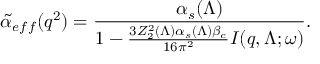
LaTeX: { \tilde { \alpha } } _ { e f f } ( q ^ { 2 } ) = { \frac { \alpha _ { s } ( \Lambda ) } { 1 - { \frac { 3 Z _ { 2 } ^ { 2 } ( \Lambda ) \alpha _ { s } ( \Lambda ) \beta _ { c } } { 1 6 \pi ^ { 2 } } } I ( q , \Lambda ; \omega ) } } .